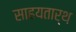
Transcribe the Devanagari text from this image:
साहयतार्थ